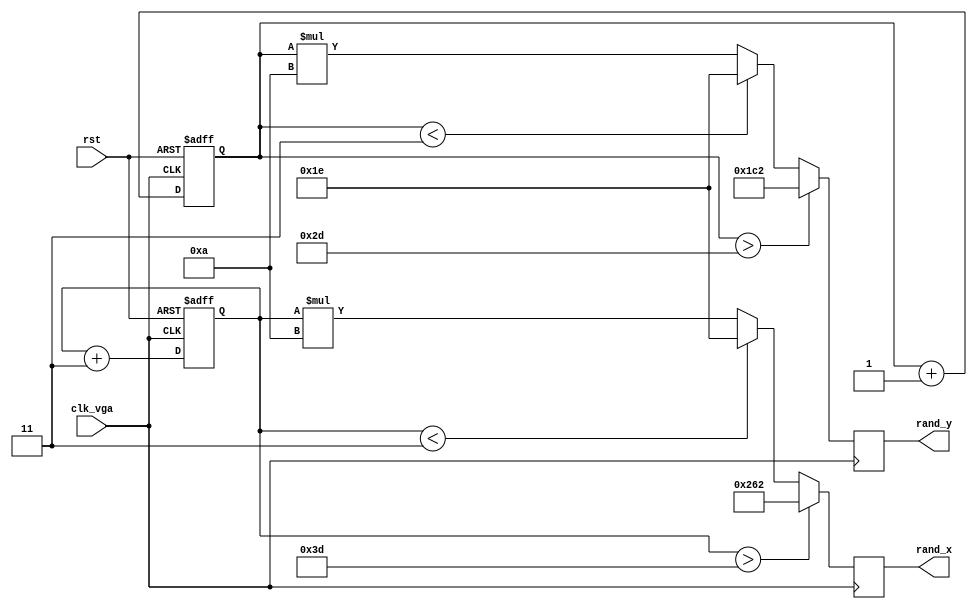
`timescale 1ns / 1ps
//////////////////////////////////////////////////////////////////////////////////
// Company: 
// Engineer: 
// 
// Design Name: 
// Module Name: random_point
// Project Name: 
// Target Devices: 
// Tool Versions: 
// Description: 
// 
// Dependencies: 
// 
// Revision:
// Revision 0.01 - File Created
// Additional Comments:
// 
//////////////////////////////////////////////////////////////////////////////////


module random_point(clk_vga,rst,rand_x,rand_y);
input clk_vga,rst;
output reg [9:0]rand_x;
output reg [9:0]rand_y;

reg [5:0]x_tmp,y_tmp;
initial begin
    x_tmp = 6'd10;
    y_tmp = 6'd10;
end

always@(posedge clk_vga or posedge rst)
if(rst) x_tmp <= 6'd0;
else x_tmp<= x_tmp + 6'd3;
always@(posedge clk_vga)
begin
    if(x_tmp>6'd61) rand_x <= 10'd610;
    else if(x_tmp<6'd3) rand_x <= 10'd30;
    else rand_x <= (x_tmp*10'd10);
end

always@(posedge clk_vga or posedge rst)
if(rst) y_tmp <= 6'd0;
else y_tmp<= y_tmp + 6'd1;
always@(posedge clk_vga)
begin
    if(y_tmp>6'd45) rand_y <= 10'd450;
    else if(y_tmp<6'd3) rand_y <= 10'd30;
    else rand_y <= (y_tmp*10'd10);
end

endmodule